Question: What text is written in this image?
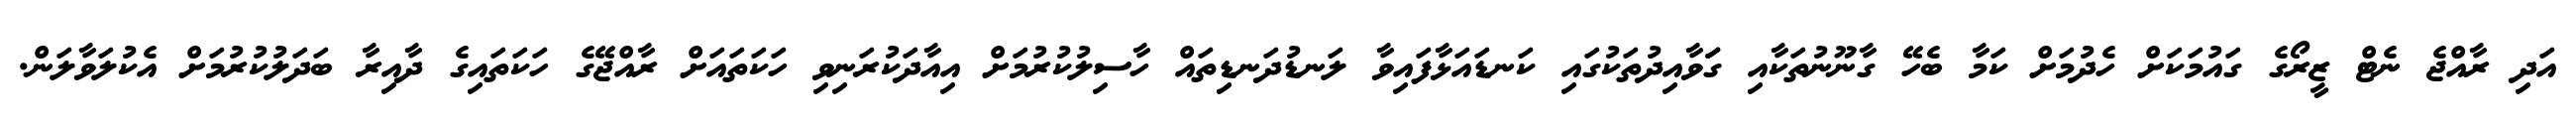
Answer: އަދި ރާއްޖެ ނެޓް ޒީރޯގެ ގައުމަކަށް ހެދުމަށް ކަމާ ބެހޭ ގާނޫނުތަކާއި ގަަވާއިދުތަކުގައި ކަނޑައަޅާފައިވާ ލަނޑުދަނޑިތައް ހާސިލުކުރުމަށް އިއާދަކުރަނިވި ހަކަތައަށް ރާއްޖޭގެ ހަކަތައިގެ ދާއިރާ ބަދަލުކުރުމަށް އެކުލަވާލަން.